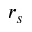
r _ { s }